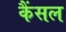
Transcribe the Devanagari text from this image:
कैंसल